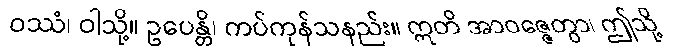
ဝဿံ၊ ဝါသို့။ ဥပေန္တိ၊ ကပ်ကုန်သနည်း။ ဣတိ အာဝဇ္ဇေတွာ၊ ဤသို့